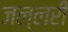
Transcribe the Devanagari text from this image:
जल्लरी